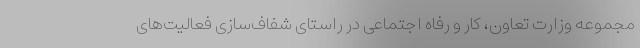
مجموعه وزارت تعاون، کار و رفاه اجتماعی در راستای شفاف‌سازی فعالیت‌های